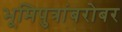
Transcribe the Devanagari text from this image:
भूमिपुत्रांबरोबर